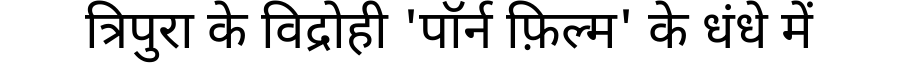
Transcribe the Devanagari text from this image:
त्रिपुरा के विद्रोही 'पॉर्न फ़िल्म' के धंधे में